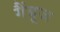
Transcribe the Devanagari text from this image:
गैंबूज